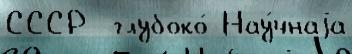
СССР  глубоко́ Нау́чнаjа